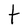
Character: t